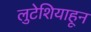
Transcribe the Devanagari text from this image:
लुटेशियाहून